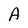
Character: A